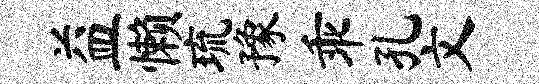
益懒琉豫乖孔文